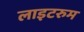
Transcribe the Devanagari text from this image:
लाइटरुम